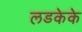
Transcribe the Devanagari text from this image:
लडकेके